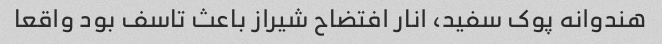
هندوانه پوک سفید، انار افتضاح شیراز باعث تاسف بود واقعا